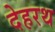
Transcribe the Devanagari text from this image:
देहरथ